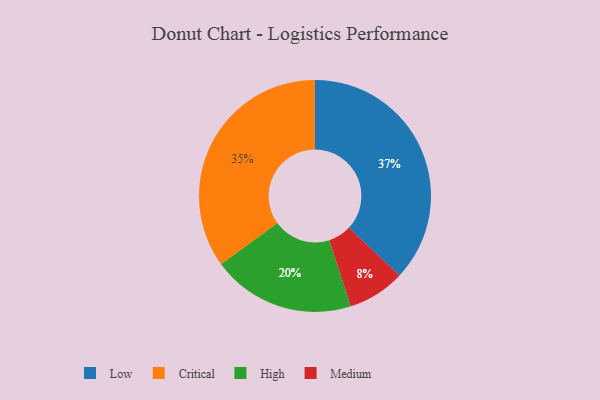
{"axis": {"x": "Category", "y": "Percentage"}, "legend": ["Critical", "High", "Low", "Medium"], "data": [{"x": "Low", "y": 37, "type": "Low"}, {"x": "Critical", "y": 35, "type": "Critical"}, {"x": "High", "y": 20, "type": "High"}, {"x": "Medium", "y": 8, "type": "Medium"}]}